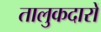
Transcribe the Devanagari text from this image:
तालुकदारों